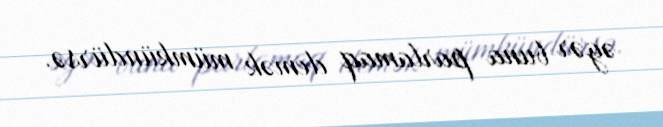
əgər buna parlamaq demək mümkündürsə.